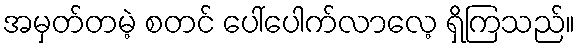
အမှတ်တမဲ့ စတင် ပေါ်ပေါက်လာလေ့ ရှိကြသည်။